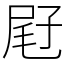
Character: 屘